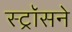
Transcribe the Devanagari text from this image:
स्ट्रॉसने